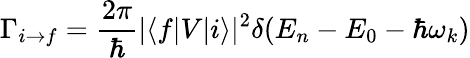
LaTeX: \Gamma_{i\to f}=\frac{2\pi}{\hbar}|\langle f|V|i\rangle|^{2}\delta(E_{n}-E_{0}-\hbar\omega_{k})